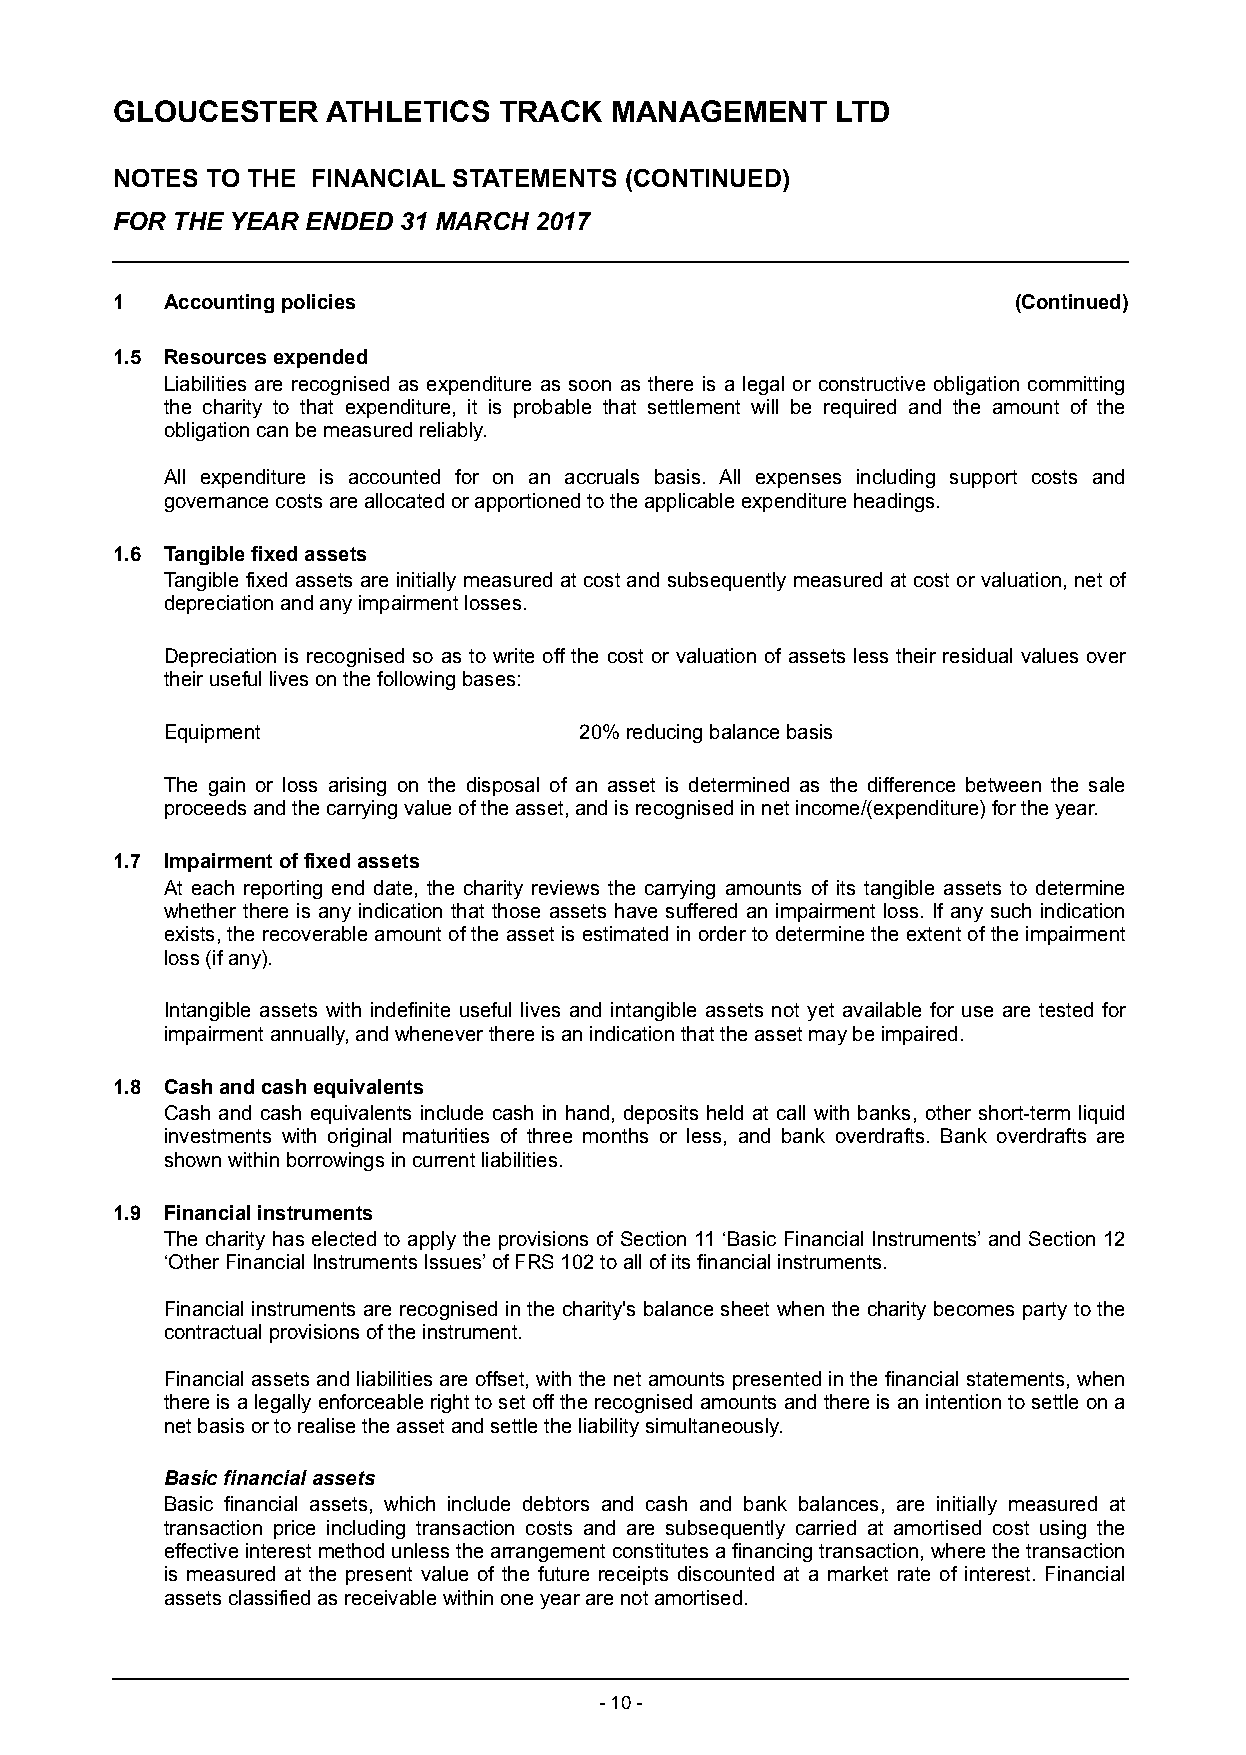
GLOUCESTER     ATHLETICS  TRACK  MANAGEMENT     LTD
 NOTES  TO THE FINANCIAL STATEMENTS (CONTINUED)
 FOR THE YEAR ENDED 31 MARCH 2017
 1   Accounting policies                                     (Continued)
 1.5 Resources expended
 Liabilities are recognised as expenditure as soon as there is a legal or constructive obligation committing
 the charity to that expenditure, it is probable that settlement will be required and the amount of the
 obligation can be measured reliably.
 All expenditure is accounted for on an accruals basis. All expenses including support costs and
 governance costs are allocated or apportioned to the applicable expenditure headings.
 1.6 Tangible fixed assets
 Tangible fixed assets a re initially measured at cost and subsequently measured at cost or valuation, net of
 depreciation and any impairment losses.
 Depreciation is recognised so as to write off the cost or valuation of assets less their residual values over
 their useful lives on the following bases:
 Equipment                  20% reducing balance basis
 The gain or loss arising on the disposal of an asset is determined as the difference between the sale
 proceeds and the carrying value of the asset, and is recognised in n et income/(expenditure) for the year.
 1.7 Impairment of fixed assets
 At each reporting end date, the charity reviews the carrying amounts of its tangible assets to determine
 whether there is any indication that those assets have suffered an impairment loss. If any such indication
 exists, the recoverable amount of the asset is estimated in order to determine the extent of the impairment
 loss (if any) .
 Intangible assets with indefinite useful lives and intangible assets not yet available for use are tested for
 impairment annually, and whenever there is an indication that the asset may be impaired.
 1.8 Cash and cash equivalents
 Cash and cash equivalents include cash in hand, deposits held at call with banks, other short-term liquid
 investments with original maturities of three months or less, and bank overdrafts. Bank overdrafts are
 shown within borrowings in current liabilities.
 1.9 Financial instruments
 The charity has elected to apply the provisions of Section 11 ‘Basic Financial Instruments’ and Section 12
 ‘Other Financial Instruments Issues’ of FRS 102 to all of its financial instruments.
 Financial instruments are recognised in the charity's b alance sheet w hen the charity becomes party to the
 contractual provisions of the instrument.
 Financial assets and liabilities are offset, with the net amounts presented in the financial statements, when
 there is a legally enforceable right to set off the recognised amounts and there is an intention to settle on a
 net basis or to realise the asset and settle the liability simultaneously.
 Basic financial assets
 Basic financial assets, which include debtors and cash and bank balances, are initially measured at
 transaction price including transaction costs and are subsequently carried at amortised cost using the
 effective interest method unless the arrangement constitutes a financing transaction, where the transaction
 is measured at the present value of the future receipts discounted at a market rate of interest. Financial
 assets classified as receivable within one year are not amortised.
 - 10 -